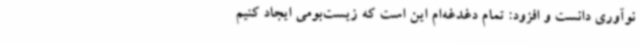
نوآوری دانست و افزود: تمام دغدغه‌ام این است که زیست‌بومی ایجاد کنیم